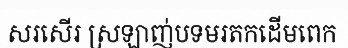
សរសើរ ស្រឡាញ់បទមរតកដើមពេក